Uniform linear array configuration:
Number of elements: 8
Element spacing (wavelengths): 1
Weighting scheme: hann
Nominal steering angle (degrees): -15
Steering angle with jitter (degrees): -13.581
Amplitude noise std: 0.05
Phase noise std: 0.05

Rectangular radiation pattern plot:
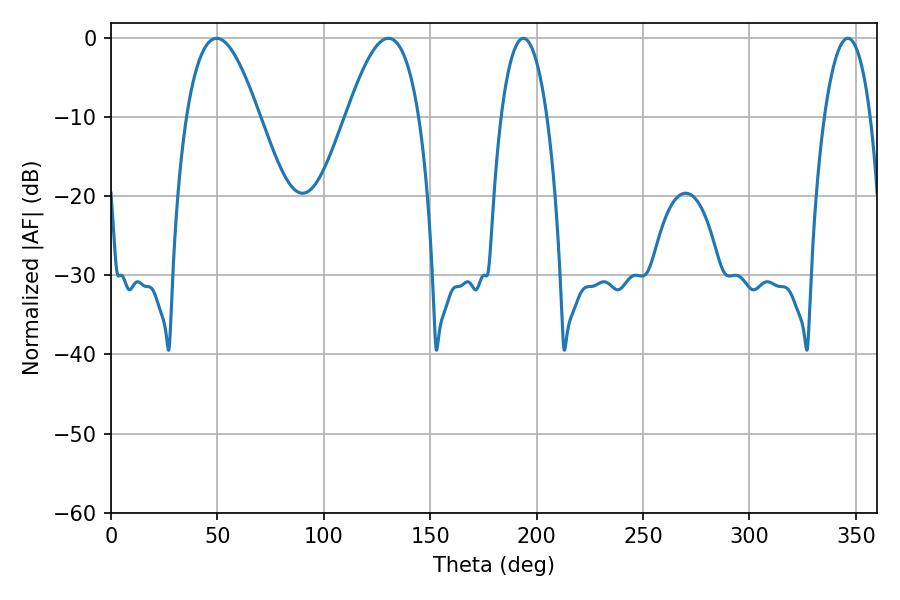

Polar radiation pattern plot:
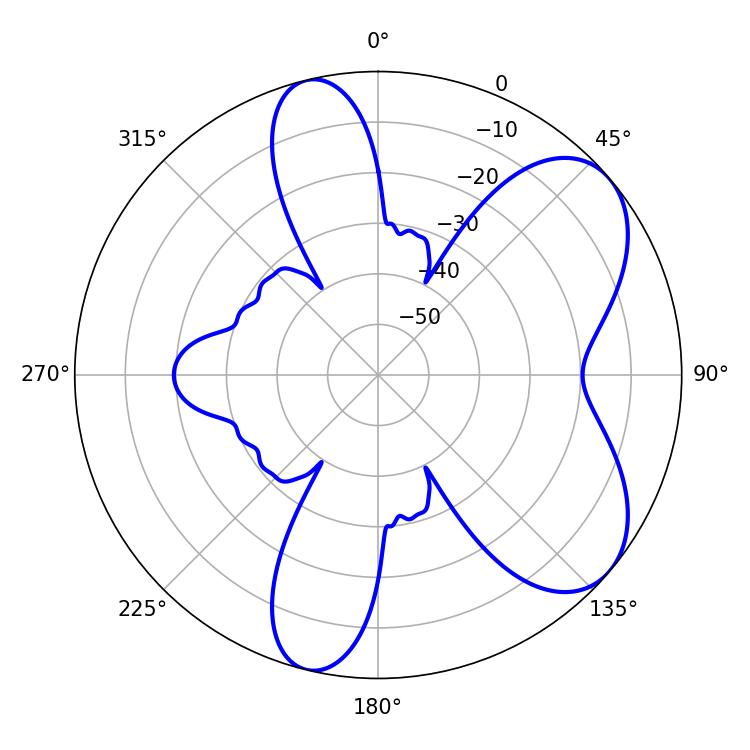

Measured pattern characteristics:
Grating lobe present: TRUE
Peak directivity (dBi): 6.573
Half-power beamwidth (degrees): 18.72
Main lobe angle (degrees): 49.68